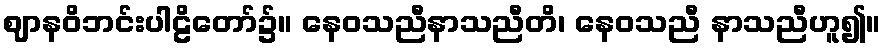
ဈာနဝိဘင်းပါဠိတော်၌။ နေဝသညီနာသညီတိ၊ နေဝသညီ နာသညီဟူ၍။